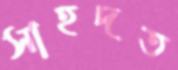
সাহদত